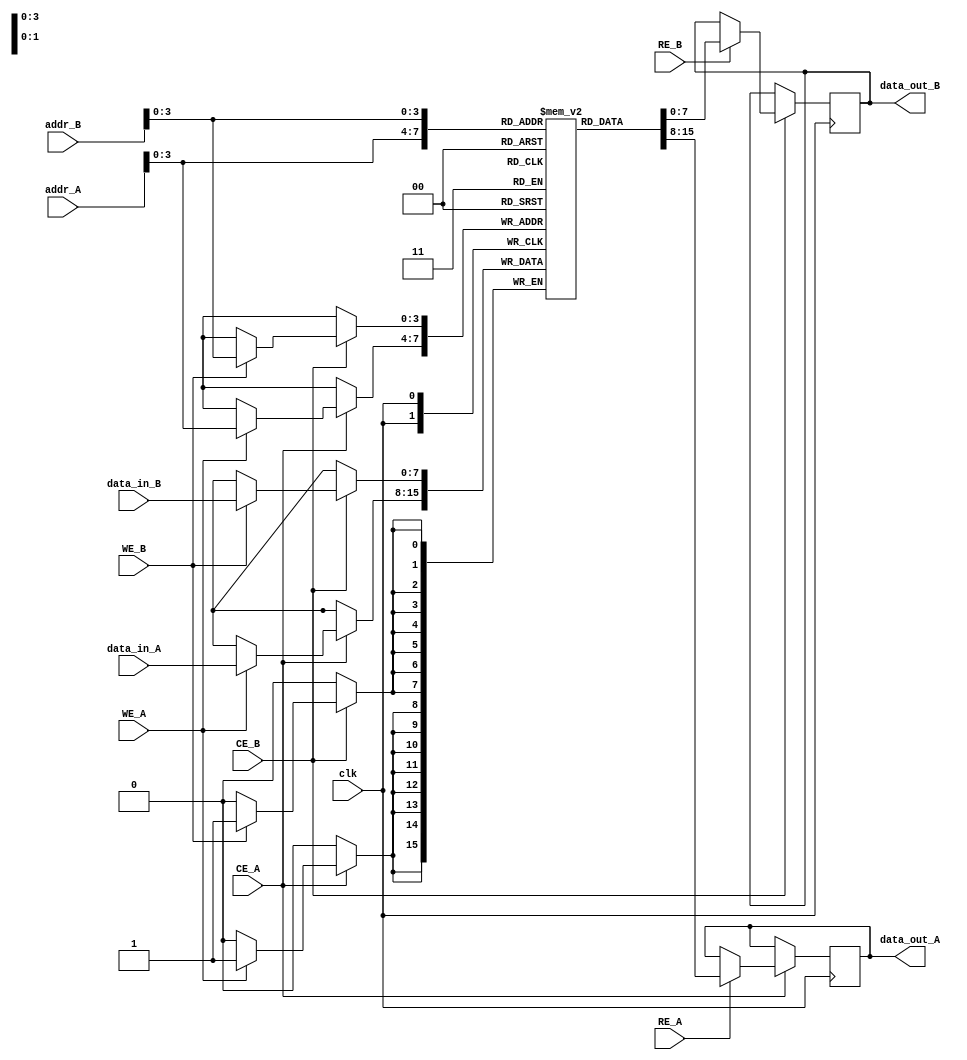
module dual_port_sram #(
    parameter N = 16, // Number of rows
    parameter M = 8    // Number of columns (bits per word)
)(
    input wire clk,
    input wire CE_A,     // Chip Enable for Port A
    input wire WE_A,     // Write Enable for Port A
    input wire RE_A,     // Read Enable for Port A
    input wire [N-1:0] addr_A, // Address for Port A
    input wire [M-1:0] data_in_A, // Data input for Port A
    output reg [M-1:0] data_out_A, // Data output for Port A

    input wire CE_B,     // Chip Enable for Port B
    input wire WE_B,     // Write Enable for Port B
    input wire RE_B,     // Read Enable for Port B
    input wire [N-1:0] addr_B, // Address for Port B
    input wire [M-1:0] data_in_B, // Data input for Port B
    output reg [M-1:0] data_out_B  // Data output for Port B
);

    // Memory cell array
    reg [M-1:0] memory [0:N-1];

    // Port A operations
    always @(posedge clk) begin
        if (CE_A) begin
            if (WE_A) begin
                memory[addr_A] <= data_in_A; // Write operation
            end
            if (RE_A) begin
                data_out_A <= memory[addr_A]; // Read operation
            end
        end
    end

    // Port B operations
    always @(posedge clk) begin
        if (CE_B) begin
            if (WE_B) begin
                memory[addr_B] <= data_in_B; // Write operation
            end
            if (RE_B) begin
                data_out_B <= memory[addr_B]; // Read operation
            end
        end
    end

    // Optional: Initialization logic can be added here if needed

endmodule